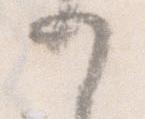
か